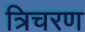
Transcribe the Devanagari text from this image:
त्रिचरण